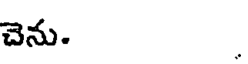
చెను.